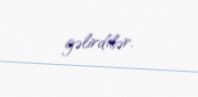
gəlirdilər.